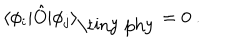
LaTeX: \langle \phi _ { i } | \hat { O } | \phi _ { j } \rangle _ { \mathrm { \tiny ~ p h y } } = 0 \ .